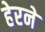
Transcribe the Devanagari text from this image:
हेरने